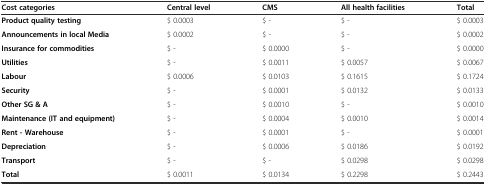
| Cost categories | Central level | CMS | All health facilities | Total |
 | --- | --- | --- | --- | --- |
 | Product quality testing | $ 0.0003 | $ - | $ - | $ 0.0003 |
 | Announcements in local Media | $ 0.0002 | $ - | $ - | $ 0.0002 |
 | Insurance for commodities | $ - | $ 0.0000 | $ - | $ 0.0000 |
 | Utilities | $ - | $ 0.0011 | $ 0.0057 | $ 0.0067 |
 | Labour | $ 0.0006 | $ 0.0103 | $ 0.1615 | $ 0.1724 |
 | Security | $ - | $ 0.0001 | $ 0.0132 | $ 0.0133 |
 | Other SG & A | $ - | $ 0.0010 | $ - | $ 0.0010 |
 | Maintenance (IT and equipment) | $ - | $ 0.0004 | $ 0.0010 | $ 0.0014 |
 | Rent - Warehouse | $ - | $ 0.0001 | $ - | $ 0.0001 |
 | Depreciation | $ - | $ 0.0006 | $ 0.0186 | $ 0.0192 |
 | Transport | $ - | $ - | $ 0.0298 | $ 0.0298 |
 | Total | $ 0.0011 | $ 0.0134 | $ 0.2298 | $ 0.2443 |